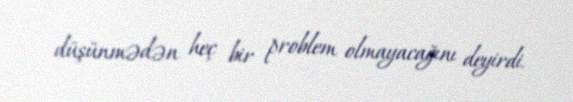
düşünmədən heç bir problem olmayacağını deyirdi.